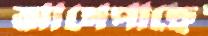
আগেপাছে